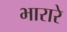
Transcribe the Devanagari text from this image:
भारारे